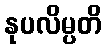
နုပလိမ္ပတိ